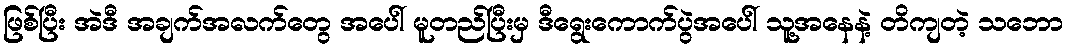
ဖြစ်ပြီး အဲဒီ အချက်အလက်တွေ အပေါ် မူတည်ပြီးမှ ဒီရွေးကောက်ပွဲအပေါ် သူ့အနေနဲ့ တိကျတဲ့ သဘော